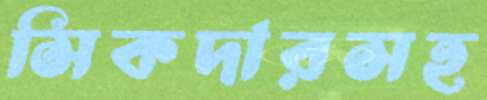
সিকদারসহ